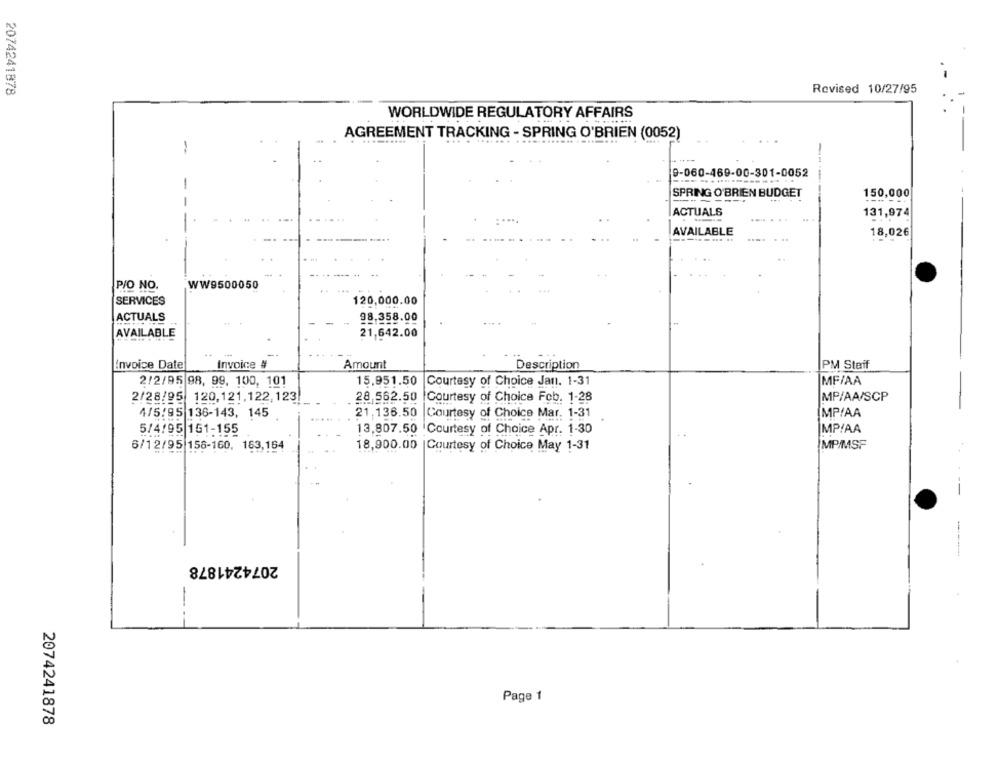
2074241878
Revised 10/27/95
WORLDWIDE REGULATORY AFFAIRS
AGREEMENT TRACKING - SPRING O'BRIEN (0052)
9-060-469-00-301-0052
----
150,000
SPRING O'BRIEN BUDGET
--
ACTUALS
131,974
AVAILABLE
18,026
.... ..
P/O NO.
WW9500050
SERVICES
120,000.00
ACTUALS
98.358.00
AVAILABLE
21,642.00
--
Invoice Date
Invoice #
Amount
Description
PM Staff
2/2/95 98, 99. 100, 101
15.951.50
Courtesy of Choice Jan. 1-31
MF/AA
2/28/05 120,121.122,123
MP/AA/SCP
28,562.50 |Courtesy of Choice Feb. 1-28
21,136.50
MP/AA
4/5/95 136-143, 145
Courtesy of Choice Mar. 1-31
.
5/4/95 151-155
13.807.50 Courtesy of Choice Apr. 1-30
MP!AA
6/12/95 156-160, 163,164
18,900.00
| Courtesy of Choice May 1-31
MP/MSF
-
2074241878
Page 1
2074241878